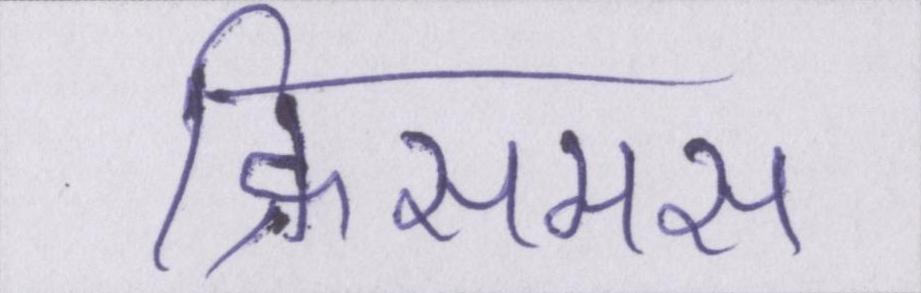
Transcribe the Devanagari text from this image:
क्रिसमस